Civil Veterinary Dept. Bombay admin report 1932-41 - 1932-1941
Year: 1932
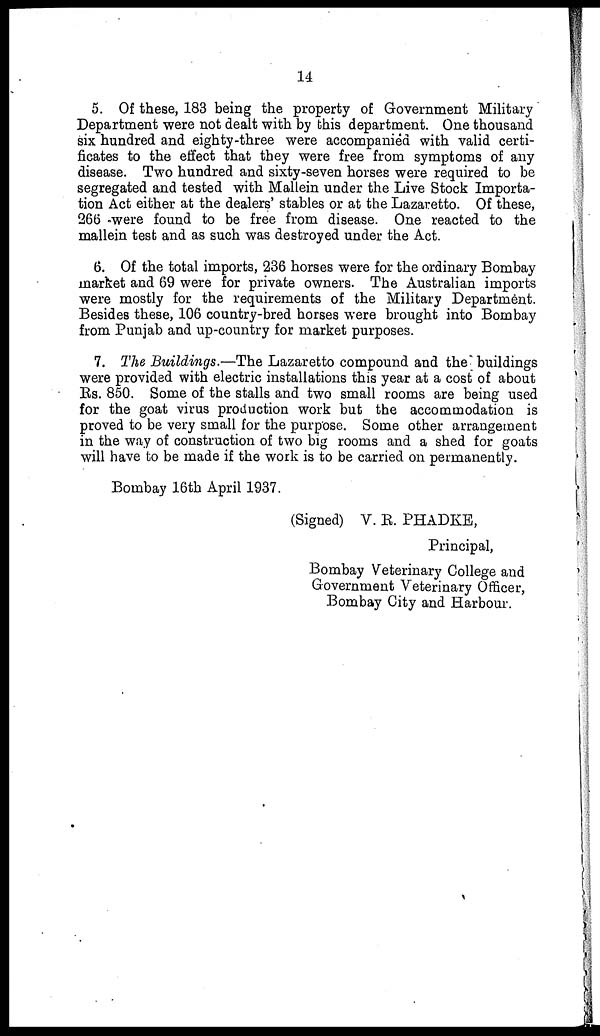
14
5. Of these, 183 being the property of Government Military
Department were not dealt with by this department. One thousand
six hundred and eighty-three were accompanied with valid certi-
ficates to the effect that they were free from symptoms of any
disease. Two hundred and sixty-seven horses were required to be
segregated and tested with Mallein under the Live Stock Importa-
tion Act either at the dealers' stables or at the Lazaretto. Of these,
266 were found to be free from disease. One reacted to the
mallein test and as such was destroyed under the Act.
6. Of the total imports, 236 horses were for the ordinary Bombay
market and 69 were for private owners. The Australian imports
were mostly for the requirements of the Military Department.
Besides these, 106 country-bred horses were brought into Bombay
from Punjab and up-country for market purposes.
7. The Buildings.—The Lazaretto compound and the buildings
were provided with electric installations this year at a cost of about
Rs. 850. Some of the stalls and two small rooms are being used
for the goat virus production work but the accommodation is
proved to be very small for the purpose. Some other arrangement
in the way of construction of two big rooms and a shed for goats
will have to be made if the work is to be carried on permanently.
Bombay 16th April 1937.
(Signed) V. R. PHADKE,
Principal,
Bombay Veterinary College and
Government Veterinary Officer,
Bombay City and Harbour.